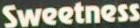
Sweetness